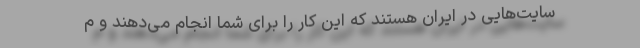
سایت‌هایی در ایران هستند که این کار را برای شما انجام می‌دهند و م